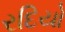
રદિયો